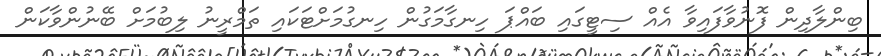
ބިންލާދިން ފޮނުވާފައިވާ އެއް ސިޓީގައި ބައްޕަ ހިނގާމަގުން ހިނގުމަށްޓަކައި ތަމްރީނު ލިބުމަށް ބޭނުންވާކަން